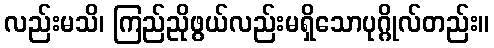
လည်းမသိ၊ ကြည်ညိုဖွယ်လည်းမရှိသောပုဂ္ဂိုလ်တည်း။